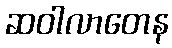
ဆဝါလာတေန